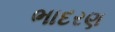
ભાદરણ